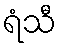
ရံသီ